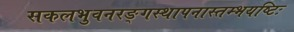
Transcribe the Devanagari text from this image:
सकलभुवनरङ्गस्थापनास्तम्भयष्टिः